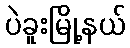
ပဲခူးမြို့နယ်